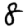
Digit: 8